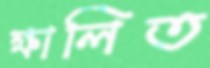
ক্ষালিত